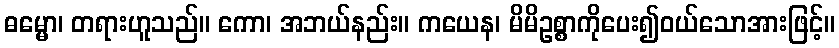
ဓမ္မော၊ တရားဟူသည်။ ကော၊ အဘယ်နည်း။ ကယေန၊ မိမိဥစ္စာကိုပေး၍ဝယ်သောအားဖြင့်။